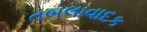
તબલાવાદક